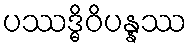
ပဿဒ္ဓိဝိပန္နဿ